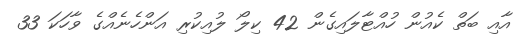
އާއި ބަތް ކެއުން ހުއްޓާލައިގެން 42 ކިލޯ ލުއިކުރި އަންހެނެއްގެ ވާހަކަ 33